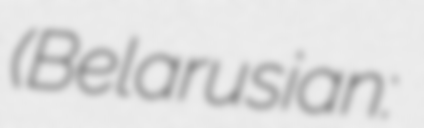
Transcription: (Belarusian: Андрэй Аляксандравіч